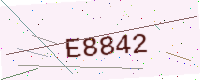
Text: E8842